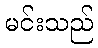
မင်းသည်